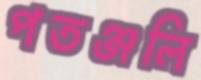
পতঞ্জলি